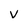
Character: V